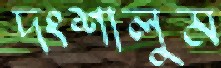
দংশালুম